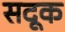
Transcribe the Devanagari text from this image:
सदूक